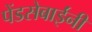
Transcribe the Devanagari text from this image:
पेंडसेबाईंनी